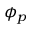
\phi _ { p }